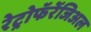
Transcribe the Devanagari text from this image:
रेट्रोफॅरेंजिअल